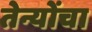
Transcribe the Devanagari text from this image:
तेन्योंचा